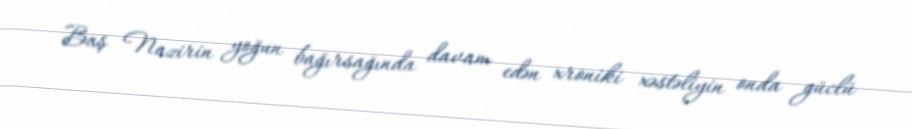
Baş Nazirin yoğun bağırsağında davam edən xroniki xəstəliyin onda güclü